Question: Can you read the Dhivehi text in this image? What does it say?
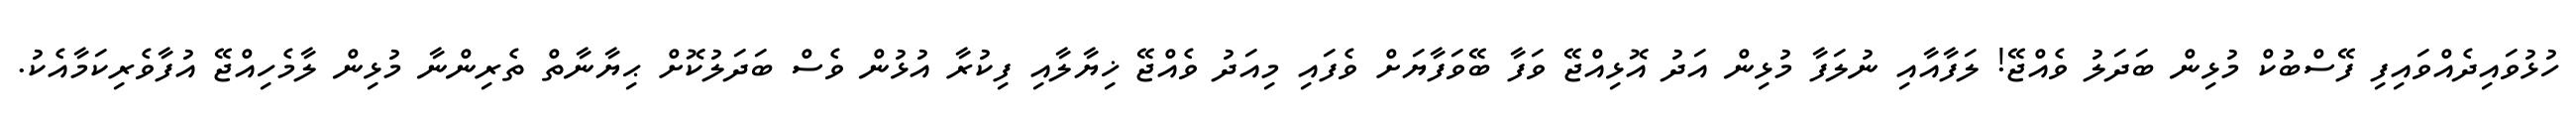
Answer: ހުޅުވައިދެއްވައިފި ފޭސްބުކް މުޅިން ބަދަލު ވެއްޖޭ! ލަފާއާއި ނުލަފާ މުޅިން އަދު އޮޅިއްޖޭ ވަފާ ބޭވަފާޔަށް ވެފައި މިއަދު ވެއްޖޭ ޚިޔާލާއި ފިކުރާ އުޅުން ވެސް ބަދަލުކޮށް ޙިޔާނާތް ތެރިންނާ މުޅިން ލާމެހިއްޖޭ އުފާވެރިކަމާއެކު.